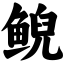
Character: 鲵